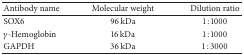
<table><thead><tr><td><b>Antibody name</b></td><td><b>Molecular weight</b></td><td><b>Dilution ratio</b></td></tr></thead><tbody><tr><td>SOX6</td><td>96 kDa</td><td>1 : 1000</td></tr><tr><td><i>γ</i>-Hemoglobin</td><td>16 kDa</td><td>1 : 1000</td></tr><tr><td>GAPDH</td><td>36 kDa</td><td>1 : 3000</td></tr></tbody></table>